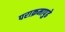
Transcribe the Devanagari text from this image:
पराक्रमापुढे